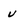
Character: v